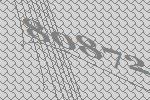
80872